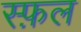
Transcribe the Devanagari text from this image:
स्फ़ल